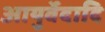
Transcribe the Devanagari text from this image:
आयुर्वेदादि